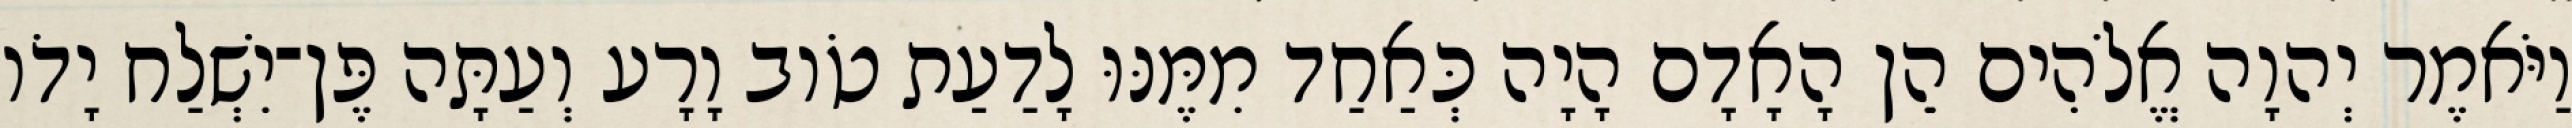
וַיֹּאמֶר יְהוָה אֱלֹהִים הֵן הָאָדָם הָיָה כְּאַחַד מִמֶּנּוּ לָדַעַת טֹוב וָרָע וְעַתָּה פֶּן־יִשְׁלַח יָדֹו